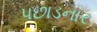
પછાડનાર